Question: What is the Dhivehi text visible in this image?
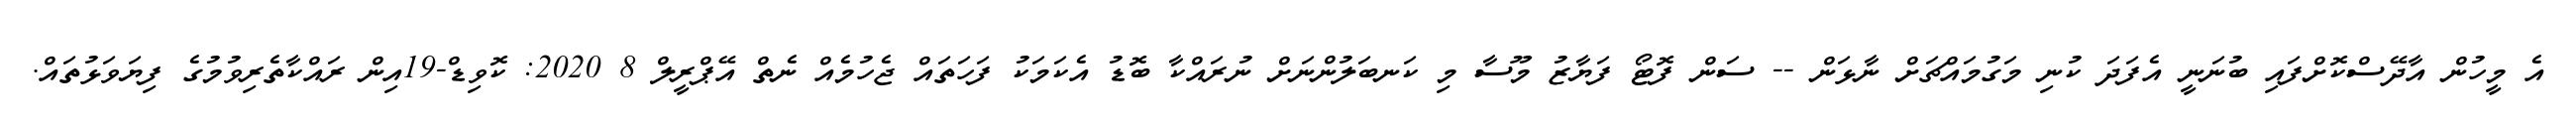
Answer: އެ މީހުން އާދޭސްކޮށްފައި ބުނަނީ އެފަދަ ކުނި މަގުމައްޗަށް ނާޅަން -- ސަން ފޮޓޯ ފަޔާޒު މޫސާ މި ކަނބަލުންނަށް ނުރައްކާ ބޮޑު އެކަމަކު ފަހަތައް ޖެހުމެއް ނެތް އޭޕްރީލް 8 2020: ކޮވިޑް-19އިން ރައްކާތެރިވުމުގެ ފިޔަވަޅުތައް.